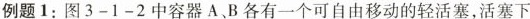
例题1：图3-1-2中容器A.B各有一个可自由移动的轻活塞，活塞下